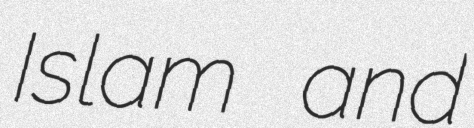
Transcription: Islam and